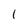
Character: 1